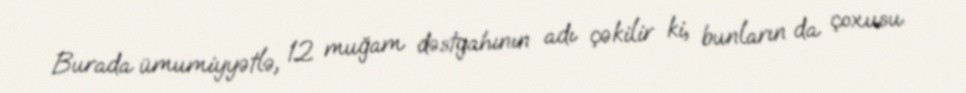
Burada ümumiyyətlə, 12 muğam dəstgahının adı çəkilir ki, bunların da çoxusu